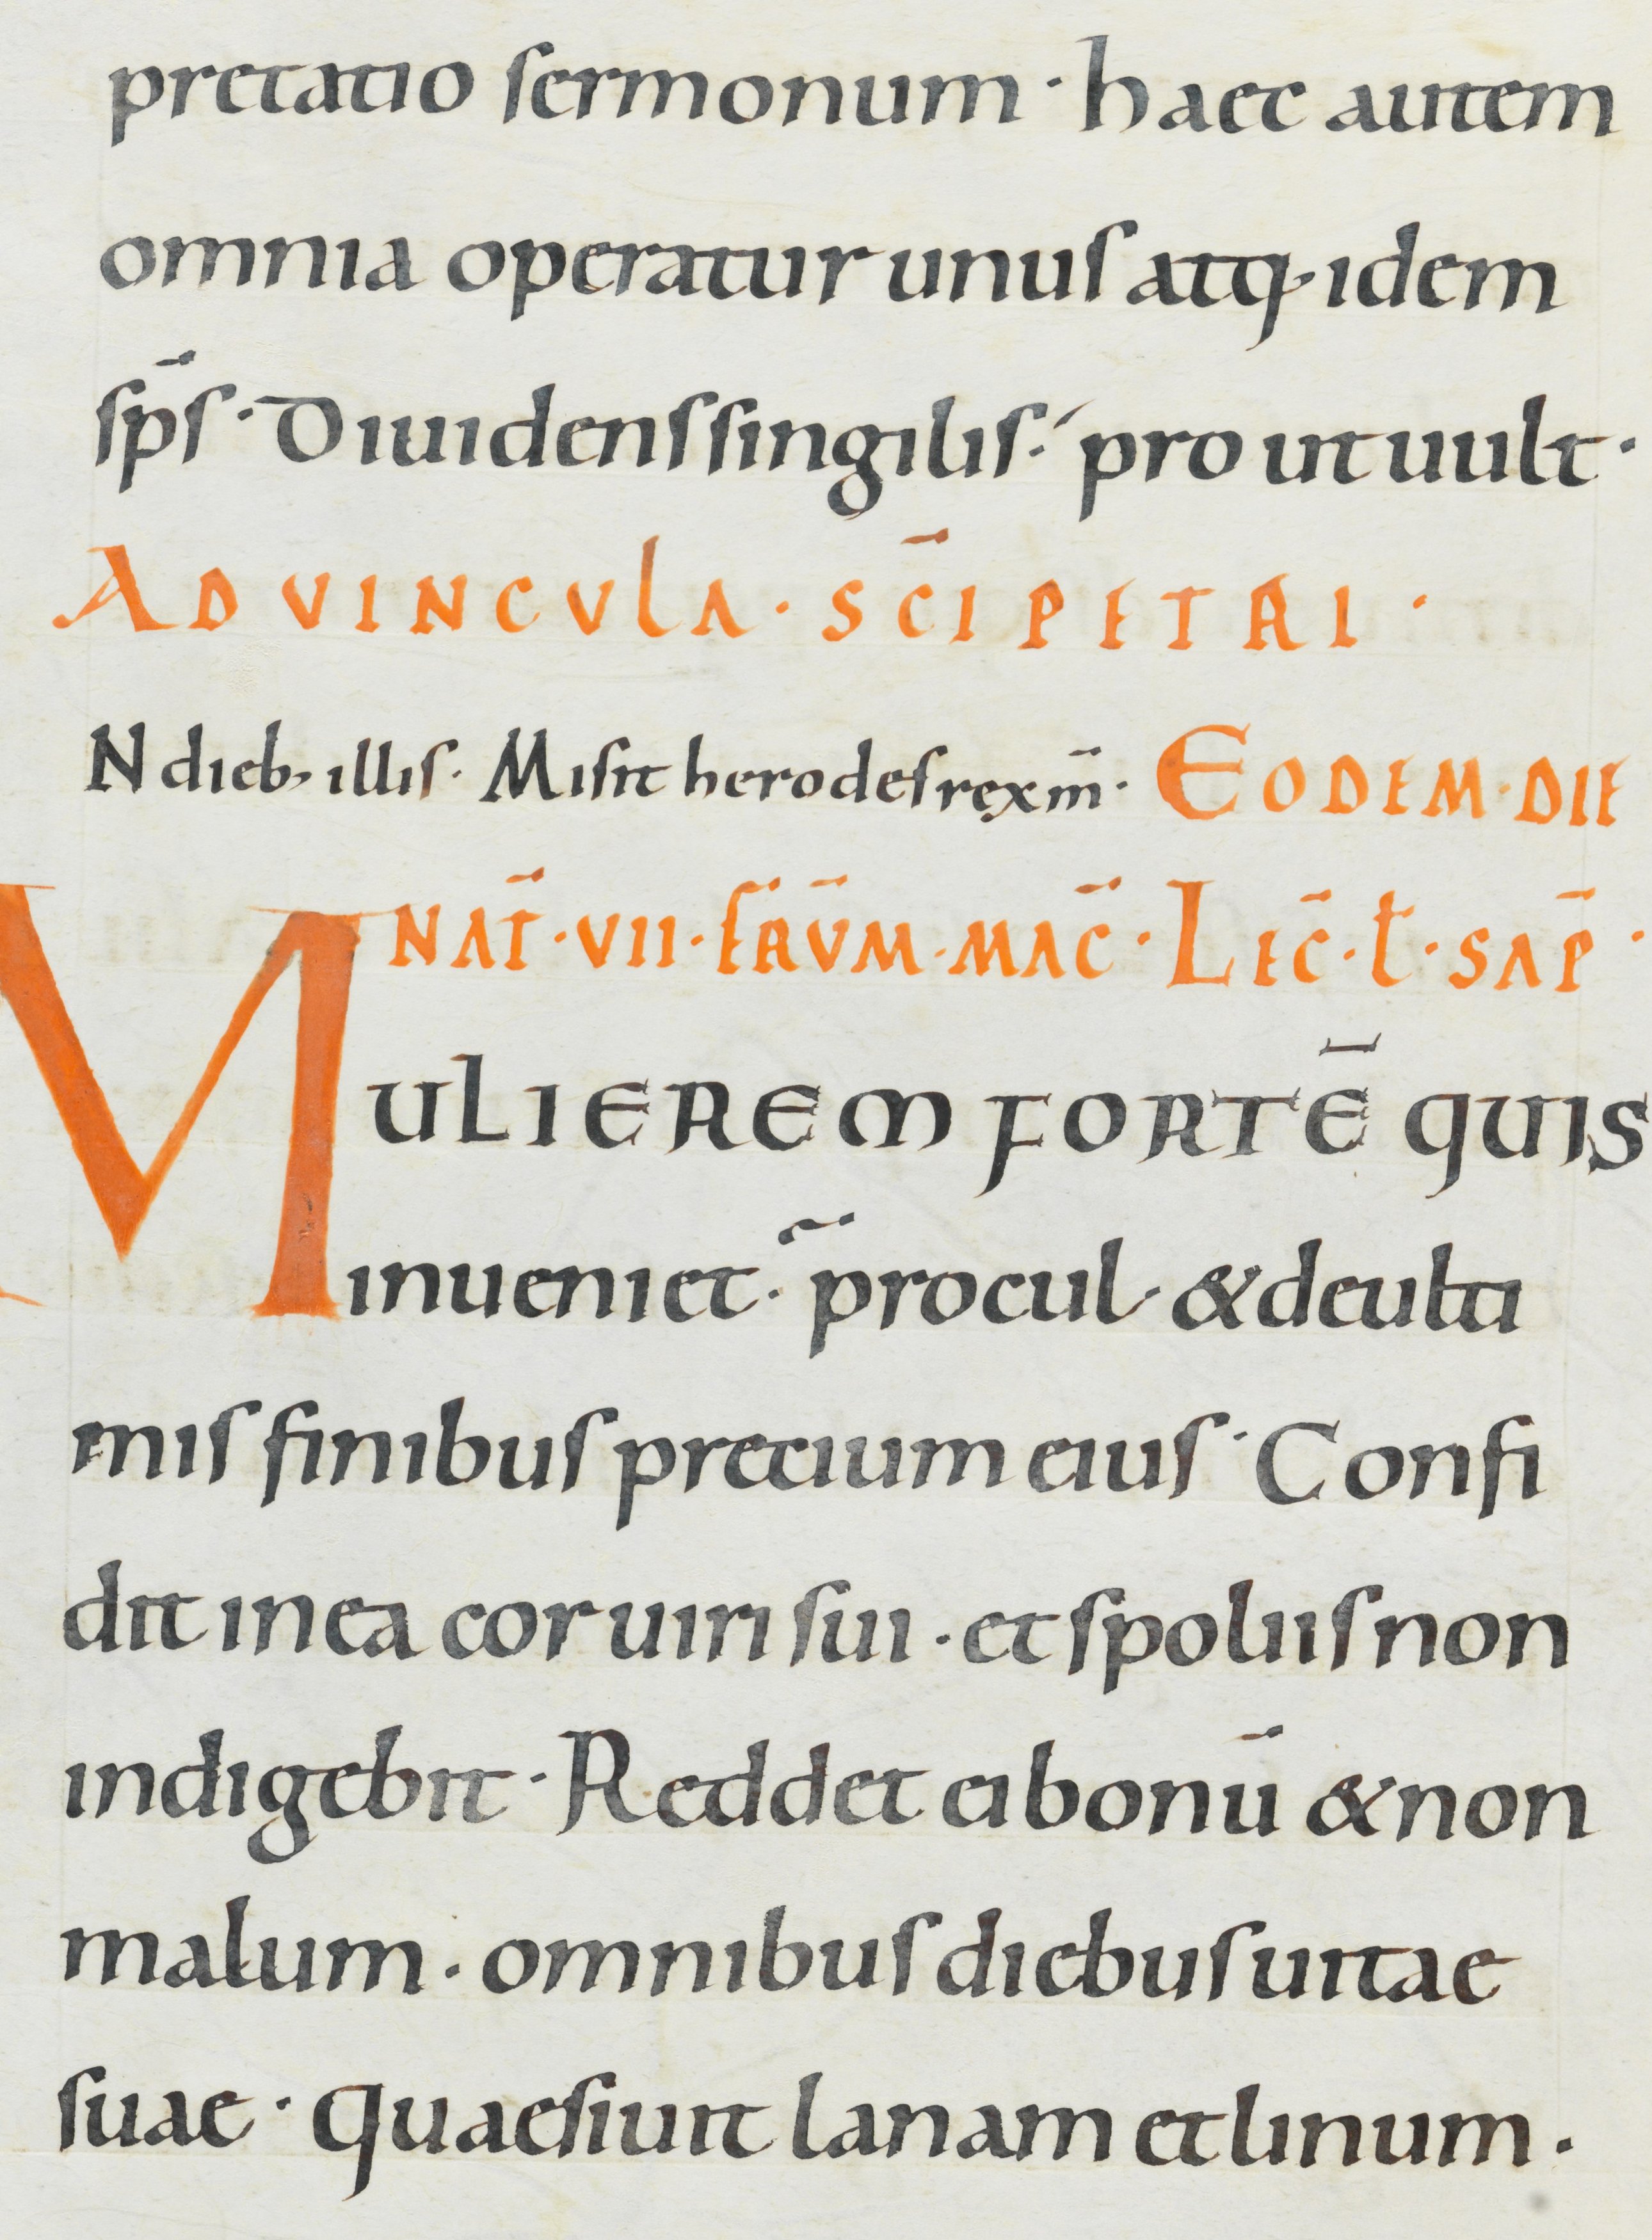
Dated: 1000–1049